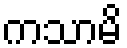
ကသာမိ